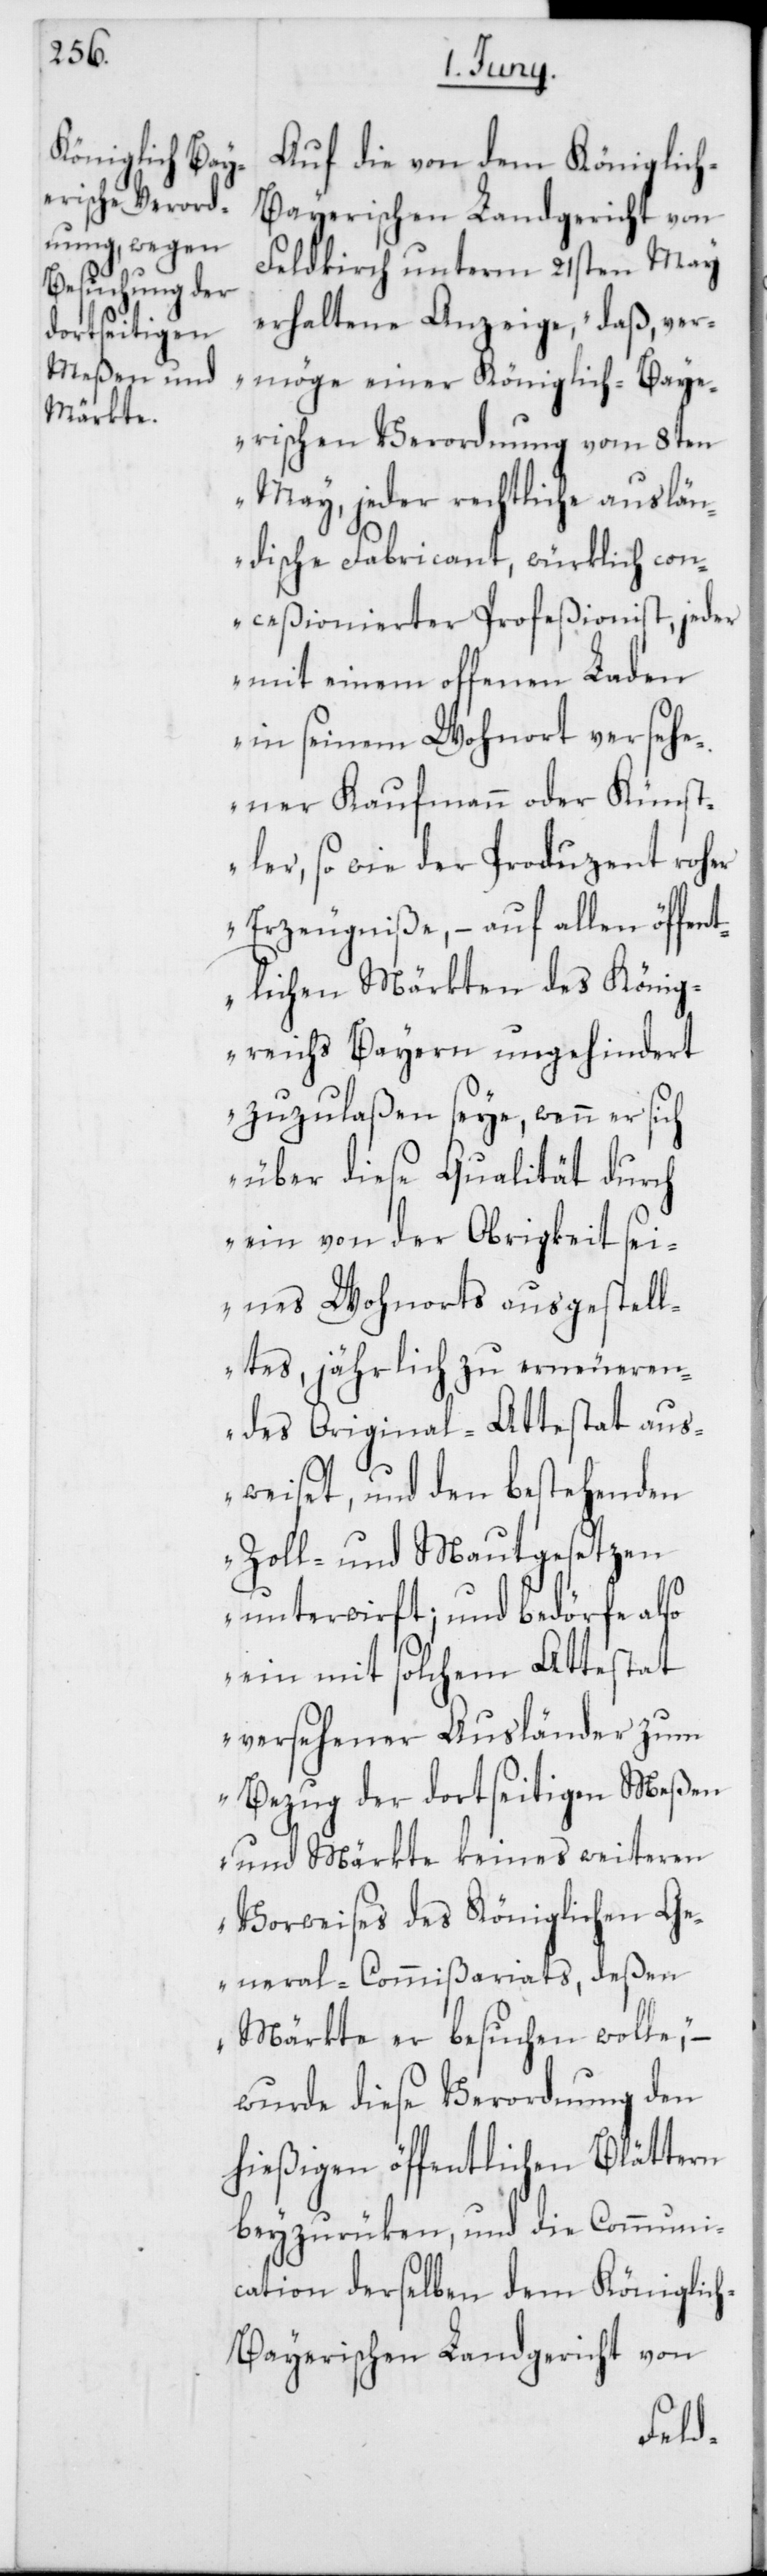
Auf die von dem Königlic¬
h-Bayerischen Landgericht von
Feldkirch unterm 21sten May
erhaltene Anzeige, „daß ver¬
möge einer Königlich-Baye¬
rischen Verordnung vom 8ten
May, jeder rechtliche auslän¬
dische Fabricant, würklich con¬
ceßionierter Profeßionist, jeder
mit einem offenen Laden
in seinem Wohnort versehe¬
ner Kaufmann oder Künst¬
ler, so wie der Produzent roher
Erzeugniße, – auf allen öffent¬
lichen Märkten des König¬
reichs Bayern ungehindert
zuzulaßen seye, wenn er sich
über diese Qualität durch
ein von der Obrigkeit sei¬
nes Wohnorts ausgestell¬
tes, jährlich zu erneueren¬
des Original-Attestat aus¬
weiset, und den bestehenden
Zoll- und Mautgesetzen
unterwirft; und bedörfe also
ein mit solchem Attestat
versehener Ausländer zum
Bezug der dortseitigen Meßen
und Märkte keines weiteren
Vorweises des Königlichen Ge¬
neral-Commißariats, deßen
Märkte er besuchen wolle,“
wurde diese Verordnung den
hießigen öffentlichen Blättern
beyzurüken, und die Communi¬
cation derselben dem Königlic¬
h-Bayerischen Landgericht von